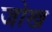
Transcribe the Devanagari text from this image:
जोख